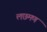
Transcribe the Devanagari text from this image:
लछमण